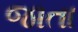
જાતા